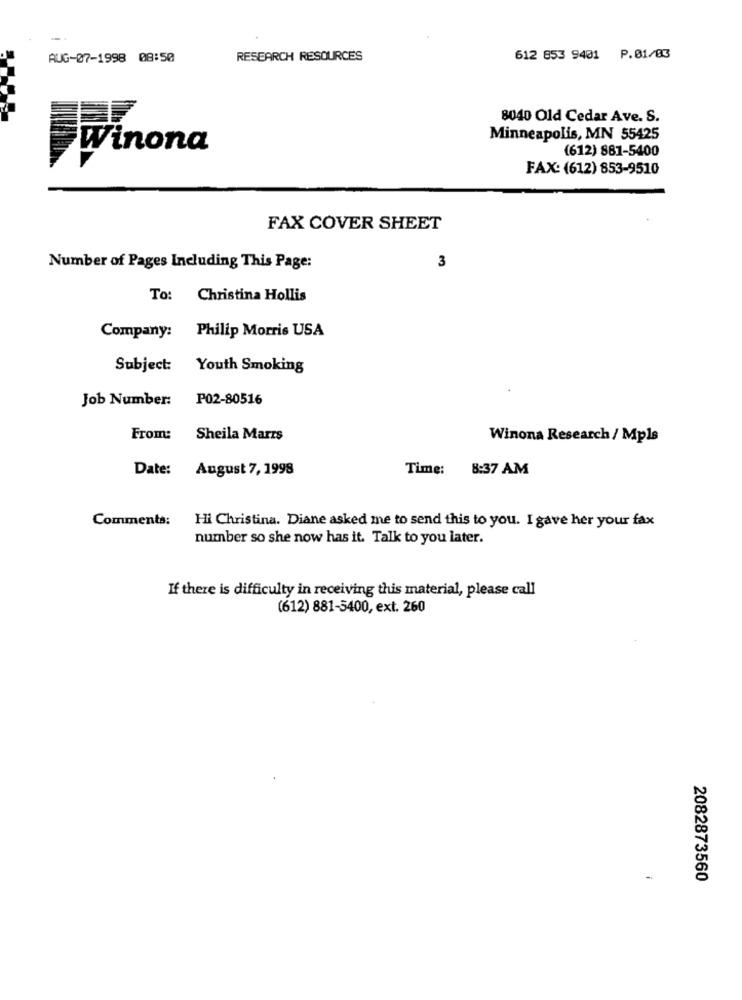
AUG-07-1998 08:50
RESEARCH RESOURCES
612 853 9401 P.01/03
8040 Old Cedar Ave. S.
Minneapolis, MN 55425
Winona
(612) 881-5400
FAX: (612) 853-9510
FAX COVER SHEET
Number of Pages Including This Page:
3
To:
Christina Hollis
Philip Morris USA
Company:
Subject: Youth Smoking
Job Number: P02-80516
From:
Sheila Marrs
Winona Research / Mpls
Date: August 7, 1998
Time: 8:37 AM
Comments: Hi Christina. Diane asked me to send this to you. I gave her your fax
number so she now has it. Talk to you later.
If there is difficulty in receiving this material, please call
(612) 881-5400, ext. 260
2082873560